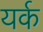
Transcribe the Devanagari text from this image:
यर्क